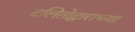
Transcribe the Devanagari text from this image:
दलितोद्धाराच्या